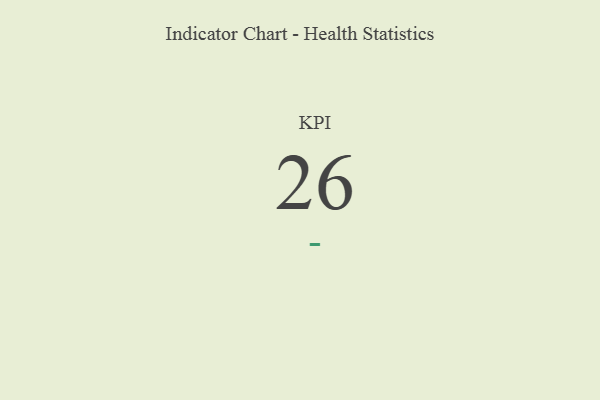
{"axis": {"x": "KPI", "y": "Value"}, "legend": [""], "data": [{"x": "KPI", "y": 26, "type": ""}]}